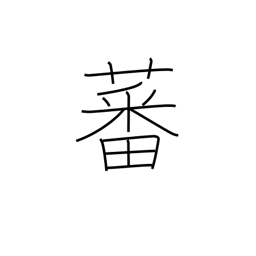
Meaning: grow luxuriously